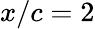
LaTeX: x/c=2